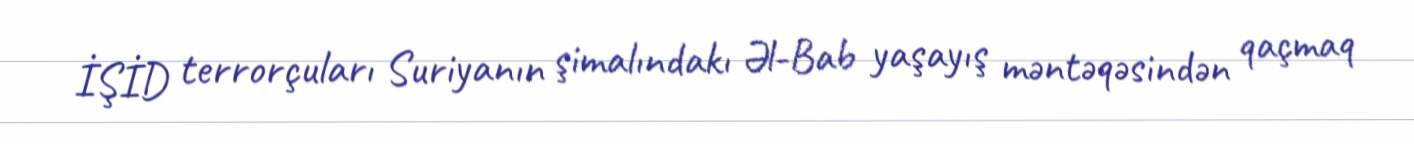
İŞİD terrorçuları Suriyanın şimalındakı Əl-Bab yaşayış məntəqəsindən qaçmaq